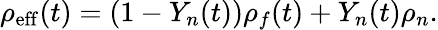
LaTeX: \rho_{\mathrm{eff}}(t)=(1-Y_{n}(t))\rho_{f}(t)+Y_{n}(t)\rho_{n}.